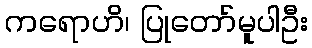
ကရောဟိ၊ ပြုတော်မူပါဦး